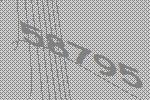
58795